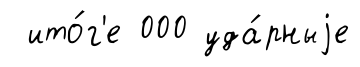
ито́г'е 000 уда́рныjе